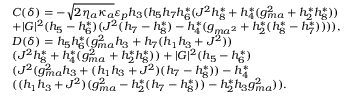
\begin{array} { r l } & { C ( \delta ) = - \sqrt { 2 \eta _ { a } \kappa _ { a } } \varepsilon _ { p } h _ { 3 } ( h _ { 5 } h _ { 7 } h _ { 6 } ^ { * } ( J ^ { 2 } h _ { 8 } ^ { * } + h _ { 4 } ^ { * } ( g _ { m a } ^ { 2 } + h _ { 2 } ^ { * } h _ { 8 } ^ { * } ) ) } \\ & { + | G | ^ { 2 } ( h _ { 5 } - h _ { 6 } ^ { * } ) ( J ^ { 2 } ( h _ { 7 } - h _ { 8 } ^ { * } ) - h _ { 4 } ^ { * } ( g _ { m a ^ { 2 } } + h _ { 2 } ^ { * } ( h _ { 8 } ^ { * } - h _ { 7 } ^ { * } ) ) ) ) , } \\ & { D ( \delta ) = h _ { 5 } h _ { 6 } ^ { * } ( g _ { m a } ^ { 2 } h _ { 3 } + h _ { 7 } ( h _ { 1 } h _ { 3 } + J ^ { 2 } ) ) } \\ & { ( J ^ { 2 } h _ { 8 } ^ { * } + h _ { 4 } ^ { * } ( g _ { m a } ^ { 2 } + h _ { 2 } ^ { * } h _ { 8 } ^ { * } ) ) + | G | ^ { 2 } ( h _ { 5 } - h _ { 6 } ^ { * } ) } \\ & { ( J ^ { 2 } ( g _ { m a } ^ { 2 } h _ { 3 } + ( h _ { 1 } h _ { 3 } + J ^ { 2 } ) ( h _ { 7 } - h _ { 8 } ^ { * } ) ) - h _ { 4 } ^ { * } } \\ & { ( ( h _ { 1 } h _ { 3 } + J ^ { 2 } ) ( g _ { m a } ^ { 2 } - h _ { 2 } ^ { * } ( h _ { 7 } - h _ { 8 } ^ { * } ) ) - h _ { 2 } ^ { * } h _ { 3 } g _ { m a } ^ { 2 } ) ) . } \end{array}